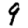
Digit: 9